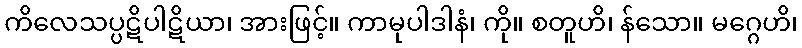
ကိလေသပ္ပဋိပါဋိယာ၊ အားဖြင့်။ ကာမုပါဒါနံ၊ ကို။ စတူဟိ၊ န်သော။ မဂ္ဂေဟိ၊